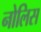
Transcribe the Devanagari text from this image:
नोलिस